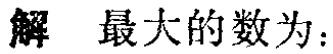
解 最大的数为：